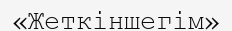
«Жеткіншегім»